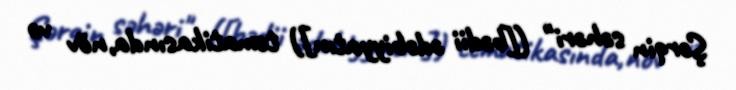
Şərqin səhəri" ([bədii ədəbiyyatın]) tematikasında,növ və